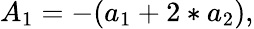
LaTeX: A_{1}=-(a_{1}+2*a_{2}),